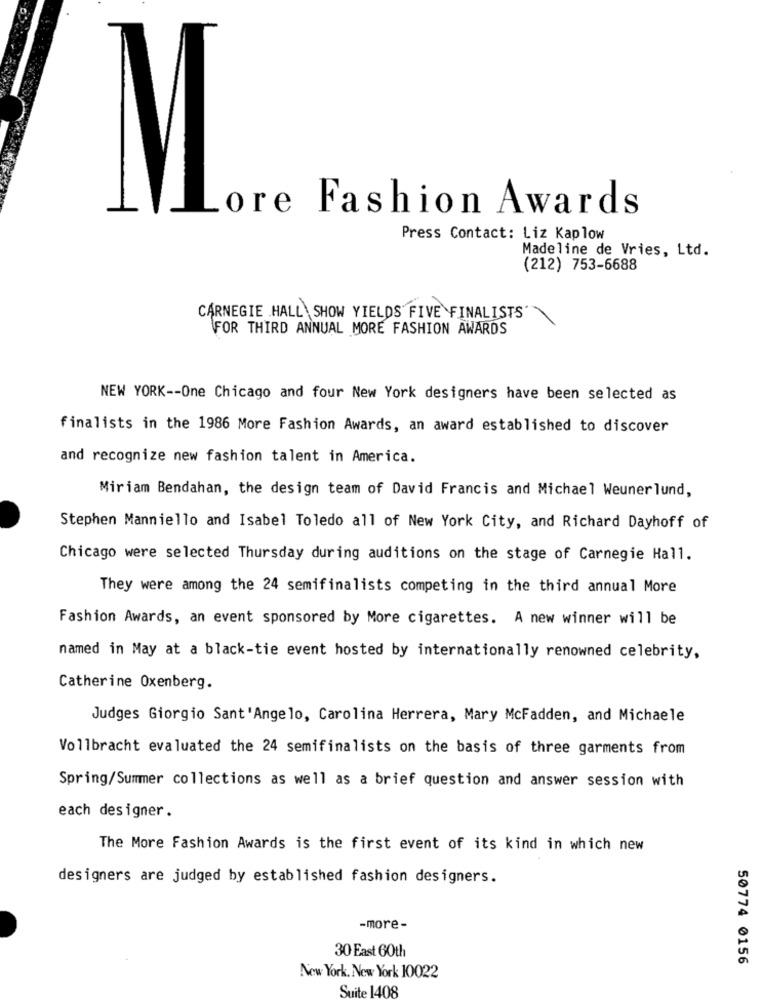
ore Fashion Awards
M.
Press Contact: Liz Kaplow
Madeline de Vries, Ltd.
(212) 753-6688
CARNEGIE HALL SHOW YIELDS FIVE FINALISTS"
FOR THIRD ANNUAL MORE FASHION AWARDS
NEW YORK -- One Chicago and four New York designers have been selected as
finalists in the 1986 More Fashion Awards, an award established to discover
and recognize new fashion talent in America.
Miriam Bendahan, the design team of David Francis and Michael Weunerlund,
Stephen Manniello and Isabel Toledo all of New York City, and Richard Dayhoff of
Chicago were selected Thursday during auditions on the stage of Carnegie Hall.
They were among the 24 semifinalists competing in the third annual More
Fashion Awards, an event sponsored by More cigarettes. A new winner will be
named in May at a black-tie event hosted by internationally renowned celebrity,
Catherine Oxenberg.
Judges Giorgio Sant'Angelo, Carolina Herrera, Mary McFadden, and Michaele
Vollbracht evaluated the 24 semifinalists on the basis of three garments from
Spring/Summer collections as well as a brief question and answer session with
each designer.
The More Fashion Awards is the first event of its kind in which new
designers are judged by established fashion designers.
-more -
30 East 60th
50774 0156
New York, New York 10022
Suite 1408